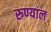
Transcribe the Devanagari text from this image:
रुण्याल